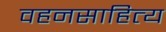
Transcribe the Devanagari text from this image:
वहनसाहित्य